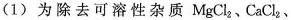
（1）为除去可溶性杂质MgCl_{2}、CaCl_{2}、